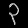
Digit: ၃